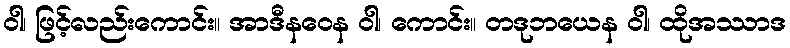
ဝါ၊ ဖြင့်လည်းကောင်း။ အာဒီနဝေန ဝါ၊ ကောင်း။ တဒုဘယေန ဝါ၊ ထိုအဿာဒ